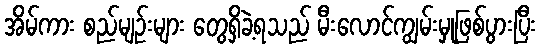
အိမ်ကား စည်မျဉ်းများ တွေရှိခဲ့ရသည် မီးလောင်ကျွမ်းမှုဖြစ်ပွားပြီး